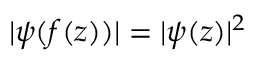
| \psi ( f ( z ) ) | = | \psi ( z ) | ^ { 2 }